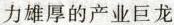
力雄厚的产业巨龙